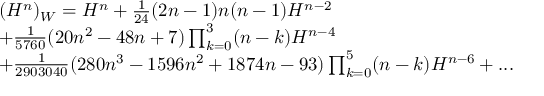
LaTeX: \begin{array} { l } { { ( H ^ { n } ) _ { W } = H ^ { n } + \frac { 1 } { 2 4 } ( 2 n - 1 ) n ( n - 1 ) H ^ { n - 2 } } } \\ { { + \frac { 1 } { 5 7 6 0 } ( 2 0 n ^ { 2 } - 4 8 n + 7 ) \prod _ { k = 0 } ^ { 3 } ( n - k ) H ^ { n - 4 } } } \\ { { + \frac { 1 } { 2 9 0 3 0 4 0 } ( 2 8 0 n ^ { 3 } - 1 5 9 6 n ^ { 2 } + 1 8 7 4 n - 9 3 ) \prod _ { k = 0 } ^ { 5 } ( n - k ) H ^ { n - 6 } + . . . } } \end{array}